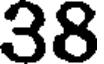
38